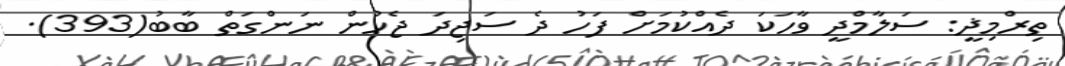
ތިރްމިޛީ: ސަލާމްދީ ވާހަކަ ދެއްކުމަށް ފަހު ދެ ސަޖިދަ ޖެހުން ނަންގަތް ބާބު(393).